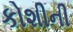
કોશીની